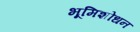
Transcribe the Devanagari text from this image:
भूमिशोधन